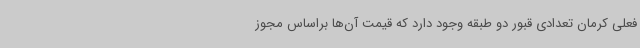
فعلی کرمان تعدادی قبور دو طبقه وجود دارد که قیمت آن‌ها براساس مجوز